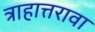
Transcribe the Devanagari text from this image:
त्राहात्तरावा